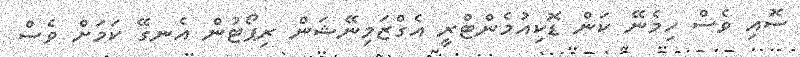
ސޮއި ވެސް ހިމެނޭ ކަން ޑޮކިއުމެންޓްރީ އެގްޒަމިނޭޝަން ރިޕޯޓުން އެނގޭ ކަމަށް ވެސް